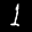
Label: 1